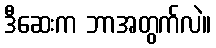
ဒီဆေးက ဘာအတွက်လဲ။